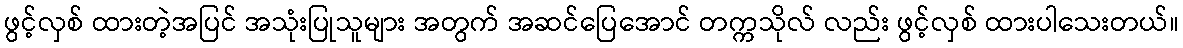
ဖွင့်လှစ် ထားတဲ့အပြင် အသုံးပြုသူများ အတွက် အဆင်ပြေအောင် တက္ကသိုလ် လည်း ဖွင့်လှစ် ထားပါသေးတယ်။